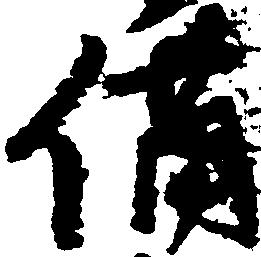
備